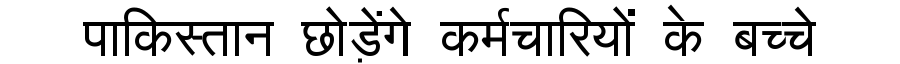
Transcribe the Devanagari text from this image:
पाकिस्तान छोड़ेंगे कर्मचारियों के बच्चे